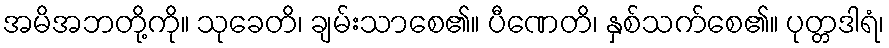
အမိအဘတို့ကို။ သုခေတိ၊ ချမ်းသာစေ၏။ ပီဏေတိ၊ နှစ်သက်စေ၏။ ပုတ္တဒါရံ၊